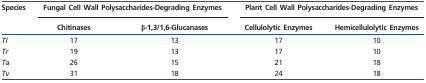
<table><thead><tr><td rowspan="2"><b>Species</b></td><td colspan="2"><b>Fungal Cell Wall Polysaccharides-Degrading Enzymes</b></td><td colspan="2"><b>Plant Cell Wall Polysaccharides-Degrading Enzymes</b></td></tr><tr><td><b>Chitinases</b></td><td><b>β-1,3/1,6-Glucanases</b></td><td><b>Cellulolytic Enzymes</b></td><td><b>Hemicellulolytic Enzymes</b></td></tr></thead><tbody><tr><td><i>Tl</i></td><td>17</td><td>13</td><td>17</td><td>10</td></tr><tr><td><i>Tr</i></td><td>19</td><td>13</td><td>17</td><td>10</td></tr><tr><td><i>Ta</i></td><td>26</td><td>15</td><td>21</td><td>18</td></tr><tr><td><i>Tv</i></td><td>31</td><td>18</td><td>24</td><td>18</td></tr></tbody></table>